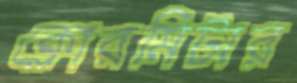
ক্লোরমিটার